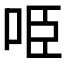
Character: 𠱸